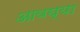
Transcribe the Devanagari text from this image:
आवघ्या